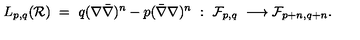
L _ { p , q } ( { \cal R } ) \ = \ q ( \nabla \bar { \nabla } ) ^ { n } - p ( \bar { \nabla } \nabla ) ^ { n } \ : \ { \cal F } _ { p , q } \ \longrightarrow { \cal F } _ { p + n , q + n } .